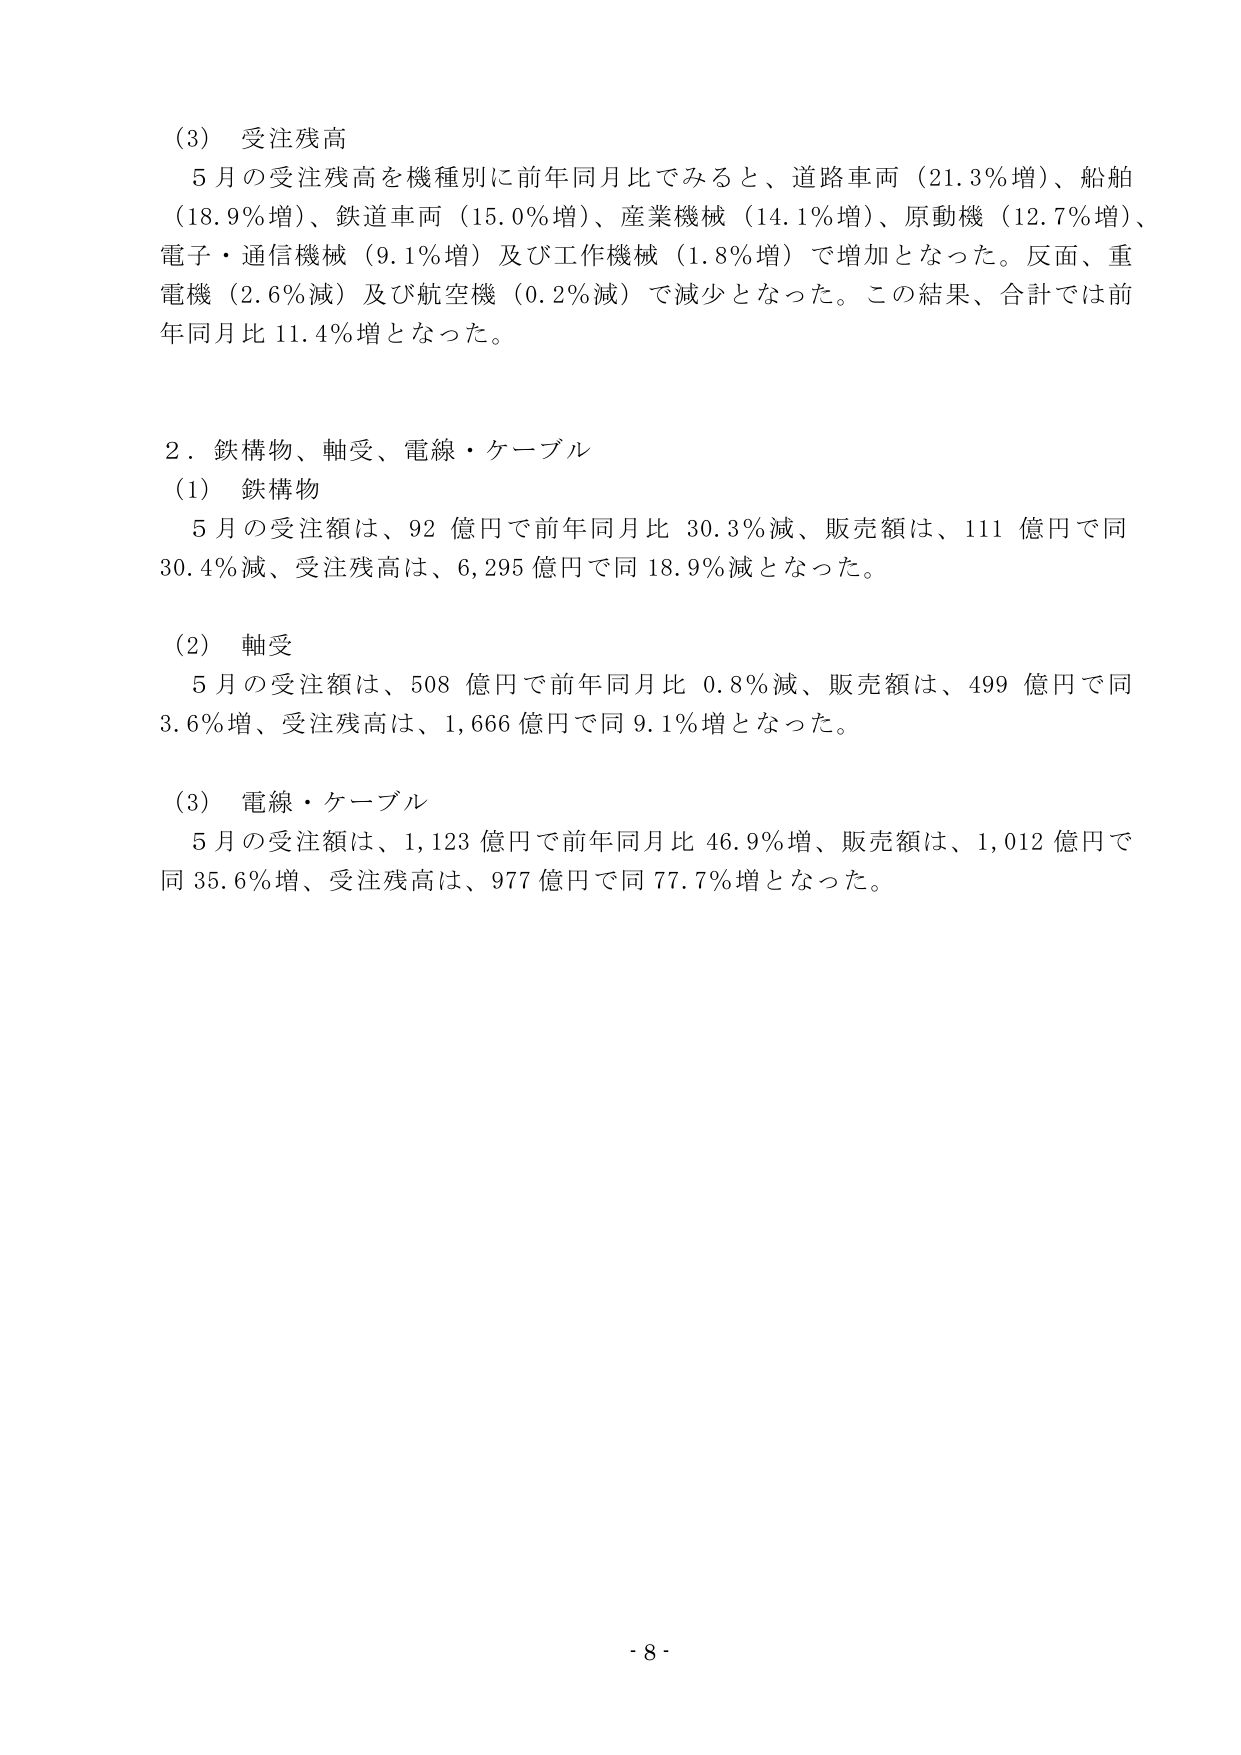
(3) 受注残高
5月の受注残高を機種別に前年同月比でみると、道路車両（21.3％増）、船舶（18.9％増）、鉄道車両（15.0％増）、産業機械（14.1％増）、原動機（12.7％増）、電子・通信機械（9.1％増）及び工作機械（1.8％増）で増加となった。反面、重電機（2.6％減）及び航空機（0.2％減）で減少となった。この結果、合計では前年同月比11.4％増となった。

2．鉄構物、軸受、電線・ケーブル
(1) 鉄構物
5月の受注額は、92億円で前年同月比30.3％減、販売額は、111億円で同30.4％減、受注残高は、6,295億円で同18.9％減となった。

(2) 軸受
5月の受注額は、508億円で前年同月比0.8％減、販売額は、499億円で同3.6％増、受注残高は、1,666億円で同9.1％増となった。

(3) 電線・ケーブル
5月の受注額は、1,123億円で前年同月比46.9％増、販売額は、1,012億円で同35.6％増、受注残高は、977億円で同77.7％増となった。

- 8 -